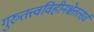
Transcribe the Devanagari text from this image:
गुरुतत्त्वविहीनश्चेत्तत्सर्वं